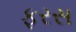
ફરસ